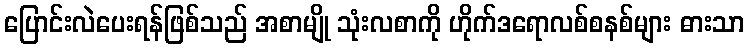
ပြောင်းလဲပေးရန်ဖြစ်သည် အစာမျို သုံးလစာကို ဟိုက်ဒရောလစ်စနစ်များ ဓားသာ